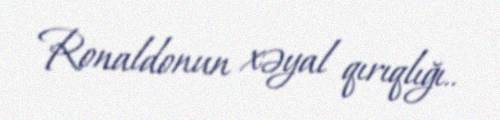
Ronaldonun xəyal qırıqlığı..